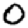
Digit: 0